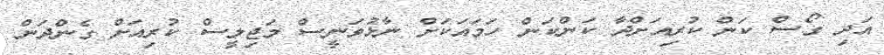
އަދި ގޯސް ކަން ކުރިއަށްދާ ކަންކަން ހަމައަކަށް ނާޅުވަނީސް މަޖިލީސް ކުރިއަށް ގެންދަން